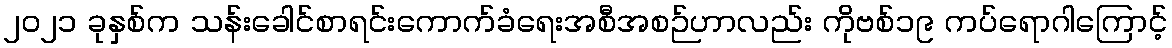
၂၀၂၁ ခုနှစ်က သန်းခေါင်စာရင်းကောက်ခံရေးအစီအစဉ်ဟာလည်း ကိုဗစ်၁၉ ကပ်ရောဂါကြောင့်